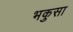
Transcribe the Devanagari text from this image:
भकुसा